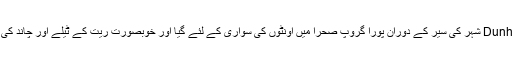
گوبی صحرا کے اختتام میںDunhuang شہر کی سیر کے دوران پورا گروپ صحرا میں اونٹوں کی سواری کے لئے گیا اور خوبصورت ریت کے ٹیلے اور چاند کی شکل میں موجود جھیل بھی دیکھی۔